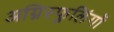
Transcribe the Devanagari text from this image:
अग्निस्फुलिंगों